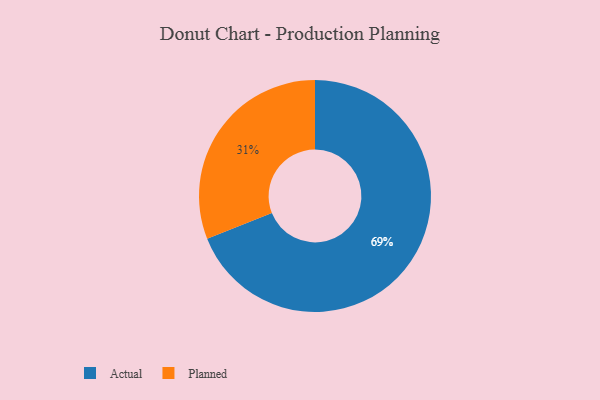
{"axis": {"x": "Category", "y": "Percentage"}, "legend": ["Actual", "Planned"], "data": [{"x": "Actual", "y": 69, "type": "Actual"}, {"x": "Planned", "y": 31, "type": "Planned"}]}